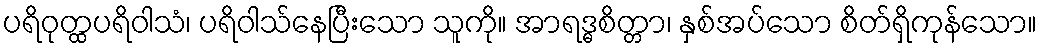
ပရိဝုတ္ထပရိဝါသံ၊ ပရိဝါသ်နေပြီးသော သူကို။ အာရဒ္ဓစိတ္တာ၊ နှစ်အပ်သော စိတ်ရှိကုန်သော။